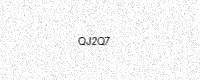
Text: QJ2Q7